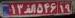
۱۳ا۵۴۶۱۹